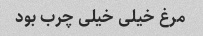
مرغ خیلی خیلی چرب بود